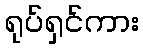
ရုပ်ရှင်ကား